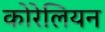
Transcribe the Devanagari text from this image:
कोरेलियन